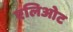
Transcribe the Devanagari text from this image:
एलिओट